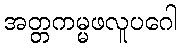
အတ္တကမ္မဖလူပဂေါ